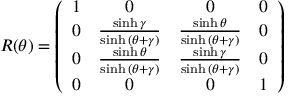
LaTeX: R ( \theta ) = \left( \begin{array} { c c c c } { { 1 } } & { { 0 } } & { { 0 } } & { { 0 } } \\ { { 0 } } & { { \frac { \sinh { \gamma } } { \sinh { ( \theta + \gamma ) } } } } & { { \frac { \sinh { \theta } } { \sinh { ( \theta + \gamma ) } } } } & { { 0 } } \\ { { 0 } } & { { \frac { \sinh { \theta } } { \sinh { ( \theta + \gamma ) } } } } & { { \frac { \sinh { \gamma } } { \sinh { ( \theta + \gamma ) } } } } & { { 0 } } \\ { { 0 } } & { { 0 } } & { { 0 } } & { { 1 } } \end{array} \right)